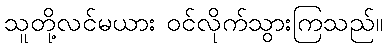
သူတို့လင်မယား ဝင်လိုက်သွားကြသည်။